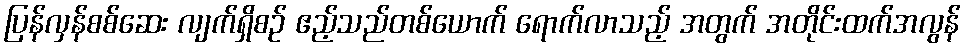
ပြန်လှန်စစ်ဆေး လျက်ရှိစဉ် ဧည့်သည်တစ်ယောက် ရောက်လာသည့် အတွက် အတိုင်းထက်အလွန်